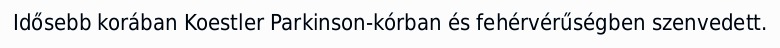
Idősebb korában Koestler Parkinson-kórban és fehérvérűségben szenvedett.